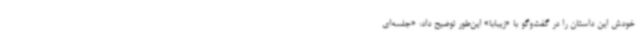
خودش این داستان را در گفت‌وگو با «زیبابا» این‌طور توضیح داد: «جلسه‌ای